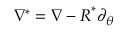
\nabla ^ { * } = \nabla - \boldsymbol { R } ^ { * } \partial _ { \theta _ { } }